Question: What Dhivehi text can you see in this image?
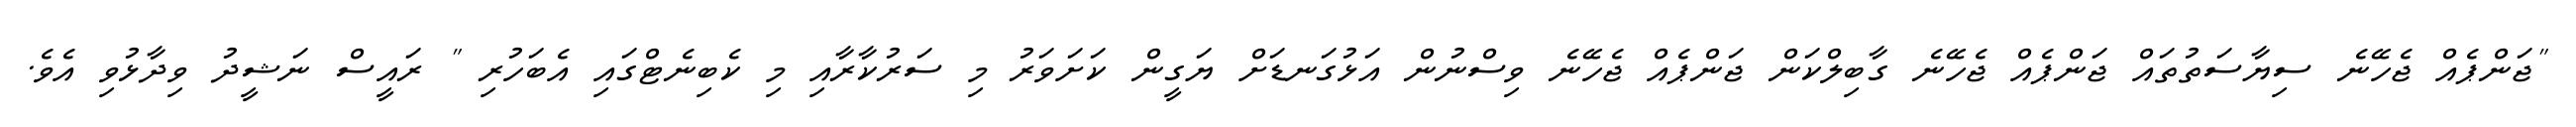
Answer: "ޖަންޕެއް ޖެހޭނެ ސިޔާސަތުތައް ޖަންޕެއް ޖެހޭނެ ގާބިލްކަން ޖަންޕެއް ޖެހޭނެ ވިސްނުން އަޅުގަނޑަށް ޔަގީން ކަށަވަރު މި ސަރުކާރާއި މި ކެބިނެޓްގައި އެބަހުރި " ރައީސް ނަޝީދު ވިދާޅުވި އެވެ.